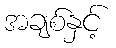
အချစ်နှင့်